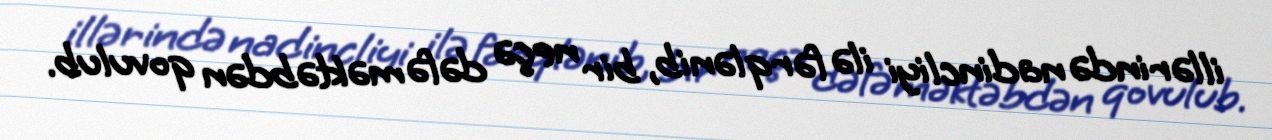
illərində nadincliyi ilə fərqlənib, bir neçə dəfə məktəbdən qovulub.